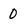
Character: 0